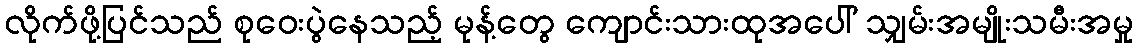
လိုက်ဖို့ပြင်သည် စုဝေးပွဲနေသည့် မုန့်တွေ ကျောင်းသားထုအပေါ် သျှမ်းအမျိုးသမီးအမှု